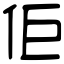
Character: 佢